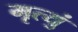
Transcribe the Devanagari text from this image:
मृत्युं